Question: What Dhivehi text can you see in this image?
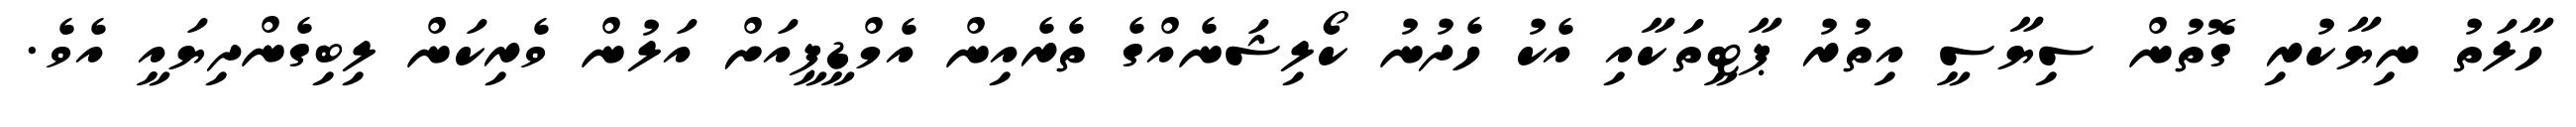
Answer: ހާލަތު ނިޔާކުރި ގޮތުން ސިޔާސީ އިތުރު ޕާޓީތަކާއި އެކު ހެދުނު ކޯލިޝަނެއްގެ ތެރެއިން އެމްޑީޕީއަށް އަލުން ވެރިކަން ލިބިގެންދިޔައީ އެވެ.